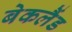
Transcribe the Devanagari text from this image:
बेकलैंड